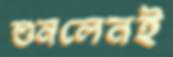
শুনলেনই